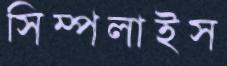
সিম্পলাইস